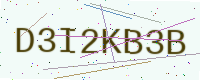
Text: D3I2KB3B